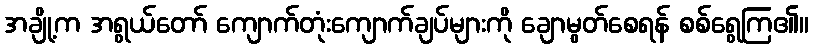
အချို့က အရွယ်တော် ကျောက်တုံးကျောက်ချပ်များကို ချောမွတ်စေရန် စစ်ရွေကြ၏။